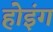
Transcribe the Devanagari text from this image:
होइंग